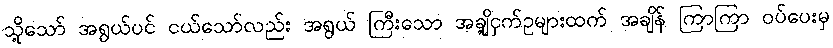
သို့သော် အရွယ်ပင် ငယ်သော်လည်း အရွယ် ကြီးသော အချို့ငှက်ဥများထက် အချိန် ကြာကြာ ဝပ်ပေးမှ